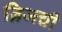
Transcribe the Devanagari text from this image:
ब्रिजची